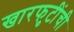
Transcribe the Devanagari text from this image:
खारफुटींची